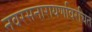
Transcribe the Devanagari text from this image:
नवरसनारायणविरचित